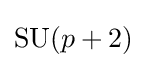
\mathrm {SU} (p+2)